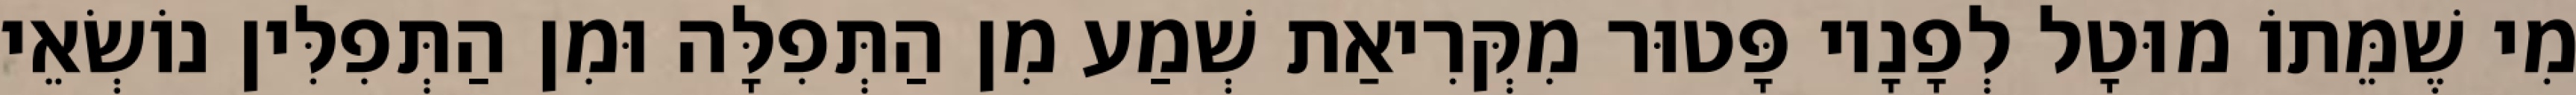
מִי שֶׁמֵּתוֹ מוּטָל לְפָנָיו פָּטוּר מִקְּרִיאַת שְׁמַע מִן הַתְּפִלָּה וּמִן הַתְּפִלִּין נוֹשְׂאֵי